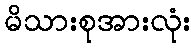
မိသားစုအားလုံး